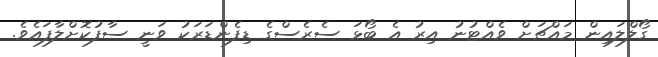
ގޯލްލައިން މައްޗަށް ވެއްޓުނު އިރު އެ ބޯޅަ ސެރެސްގެ ޑިފެންޑަރަކު ވަނީ ސާފުކޮށްލާފައެވެ.